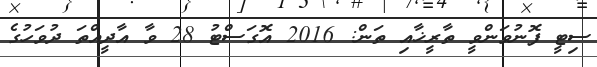
ސިޓީ ފޮނުވަންވީ ތާރީޚާއި ތަން: 2016 އޮގަސްޓު 28 ވާ އާދީއްތަ ދުވަހުގެ